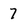
Character: 7